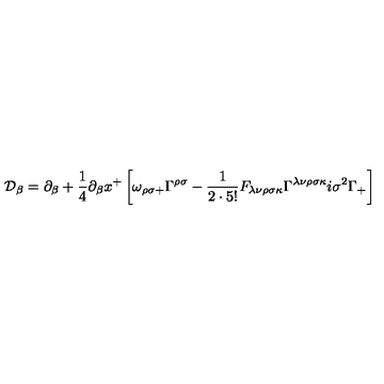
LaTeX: \mathcal { D } _ { \beta } = \partial _ { \beta } + \frac { 1 } { 4 } \partial _ { \beta } x ^ { + } \left[ \omega _ { \rho \sigma + } \Gamma ^ { \rho \sigma } - \frac { 1 } { 2 \cdot 5 ! } F _ { \lambda \nu \rho \sigma \kappa } \Gamma ^ { \lambda \nu \rho \sigma \kappa } i \sigma ^ { 2 } \Gamma _ { + } \right]